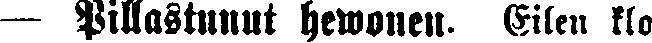
— Pillastunut hewonen. Eilen klo